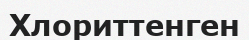
Хлориттенген